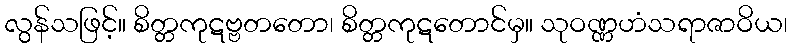
လွန်သဖြင့်။ စိတ္တကုဋဗ္ဗတတော၊ စိတ္တကုဋတောင်မှ။ သုဝဏ္ဏဟံသရာဇာဝိယ၊